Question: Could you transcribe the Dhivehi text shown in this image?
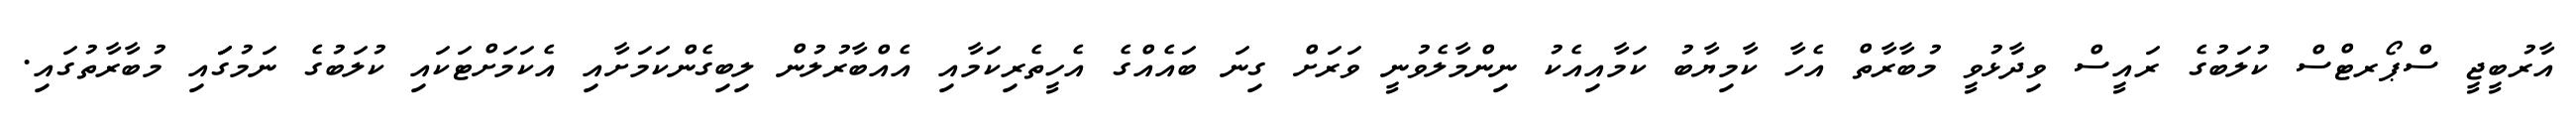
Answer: އާރުބީޖީ ސްޕޯރޓްސް ކުލަބުގެ ރައީސް ވިދާޅުވީ މުބާރާތް އެހާ ކާމިޔާބު ކަމާއިއެކު ނިންމާލެވުނީ ވަރަށް ގިނަ ބައެއްގެ އެހީތެރިކަމާއި އެއްބާރުލުން ލިބިގެންކަމަށާއި އެކަމަށްޓަކައި ކުލަބުގެ ނަމުގަައި މުބާރާތުގައި.